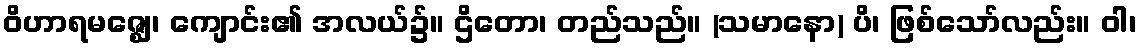
ဝိဟာရမဇ္ဈေ၊ ကျောင်း၏ အလယ်၌။ ဌိတော၊ တည်သည်။ (သမာနော) ပိ၊ ဖြစ်သော်လည်း။ ဝါ၊